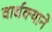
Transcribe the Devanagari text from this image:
वार्धक्याने